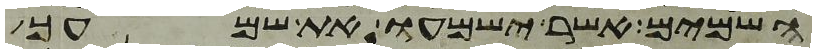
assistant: השמים אשר ישמעו את שמעך